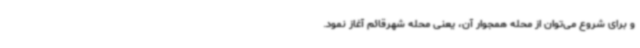
و برای شروع می‌توان از محله همجوار آن، یعنی محله شهرقائم آغاز نمود.